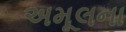
અમૂલના